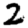
Digit: 2